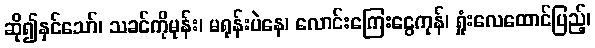
ဆို၍နှင်သော်၊ သခင်ကိုမုန်း၊ မရုန်းပဲနေ၊ လောင်းကြေးငွေကုန်၊ ရှုံးလေထောင်ပြည့်၊